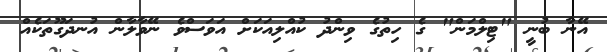
އޭނާ ބުނީ "ޓިލްމަން" ގެ ހިތުގެ ވިންދު ކުއްލިއަކަށް އަވަސްވެ ނޭވާލާން އުނދަގޫތަކެއް